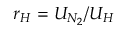
r _ { H } = U _ { N _ { 2 } } / U _ { H }